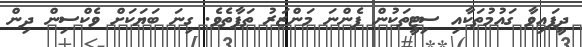
ދީފައިވާ ގައުމުތަކާއި ސިޓީތަކުން ފެންނަ މަންޒަރު ތަފާތެވެ. ގިނަ ބަޔަކަށް ވެކްސިން ދިން